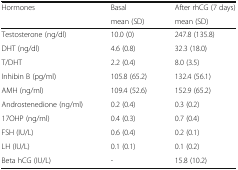
| <ROWSPAN=2> Hormones | Basal | After rhCG (7 days) |
 | mean (SD) | mean (SD) |
 | --- | --- | --- |
 | Testosterone (ng/dl) | 10.0 (0) | 247.8 (135.8) |
 | DHT (ng/dl) | 4.6 (0.8) | 32.3 (18.0) |
 | T/DHT | 2.2 (0.4) | 8.0 (3.5) |
 | Inhibin B (pg/ml) | 105.8 (65.2) | 132.4 (56.1) |
 | AMH (ng/ml) | 109.4 (52.6) | 152.9 (65.2) |
 | Androstenedione (ng/ml) | 0.2 (0.4) | 0.3 (0.2) |
 | 17OHP (ng/ml) | 0.4 (0.3) | 0.7 (0.4) |
 | FSH (IU/L) | 0.6 (0.4) | 0.2 (0.1) |
 | LH (IU/L) | 0.1 (0.1) | 0.1 (0.2) |
 | Beta hCG (IU/L) | - | 15.8 (10.2) |